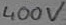
Text: 400V